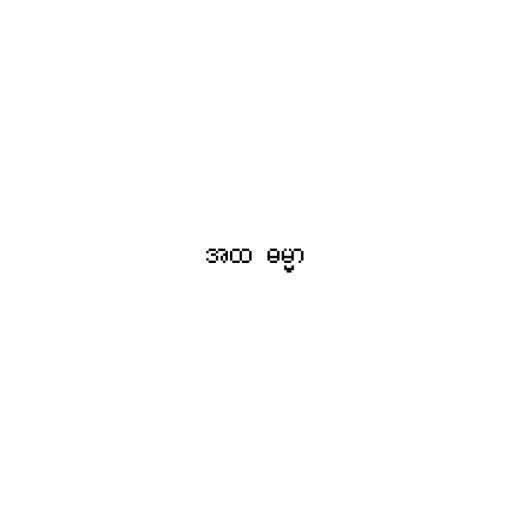
အထ  ဓမ္မာ